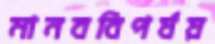
মানববিপর্যয়